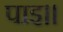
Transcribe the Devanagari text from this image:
पाइ।।